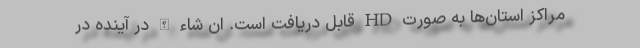
مراکز استان‌ها به صورت HD قابل دریافت است. ان شاء الله در آینده در